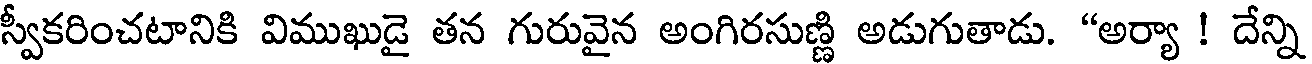
స్వీకరించటానికి విముఖుడై తన గురువైన అంగిరసుణ్ణి అడుగుతాడు. "అర్యా ! దేన్ని